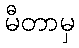
မီတာမှ